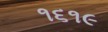
૧૬૧૯